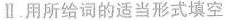
Ⅱ.用所给词的适当形式填空